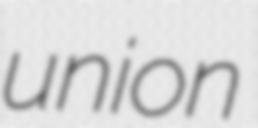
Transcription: union